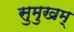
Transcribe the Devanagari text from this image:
सुमुखम्